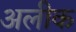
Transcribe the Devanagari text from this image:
अलीक